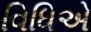
વિધિએ